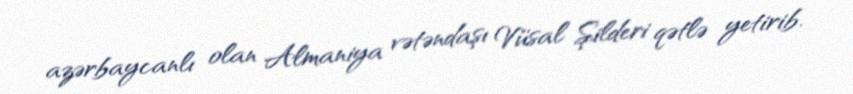
azərbaycanlı olan Almaniya vətəndaşı Vüsal Şilderi qətlə yetirib.